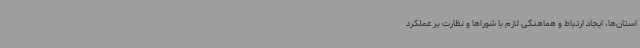
استان‌ها، ایجاد ارتباط و هماهنگی لازم با شوراها و نظارت بر عملکرد